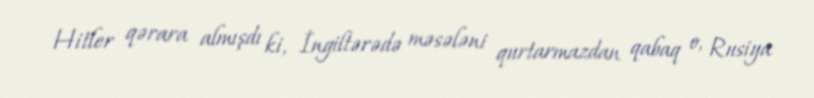
Hitler qərara almışdı ki, İngiltərədə məsələni qurtarmazdan qabaq o, Rusiya